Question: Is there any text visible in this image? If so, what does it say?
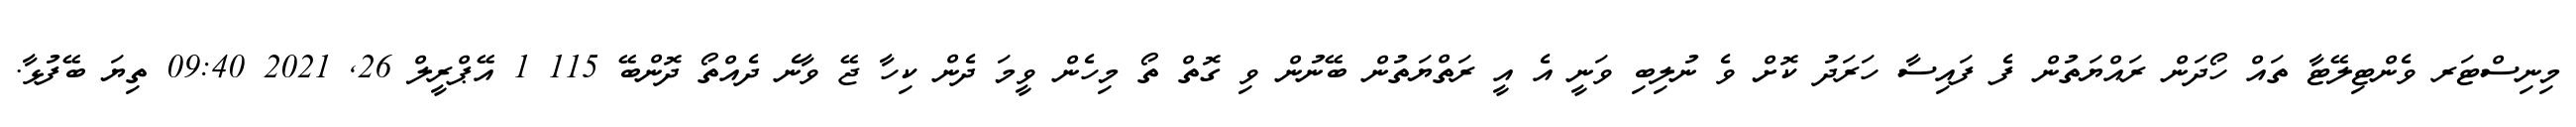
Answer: މިނިސްޓަރ ވެންޓިލޭޓާ ތައް ހޯދަން ރައްޔަތުން ފެ ފައިސާ ހަރަދު ކޮށް ވެ ނުލިބި ވަނީ އެ އީ ރަތްޔަތުން ބޭނުން ވި ގޮތް ތޯ މިހެން ވީމަ ދެން ކިހާ ޖޭ ވާނެ ދެއްތޯ ދޮންބޭ 115 1 އޭޕްރީލް 26, 2021 09:40 ތިޔަ ބޭފުޅާ.